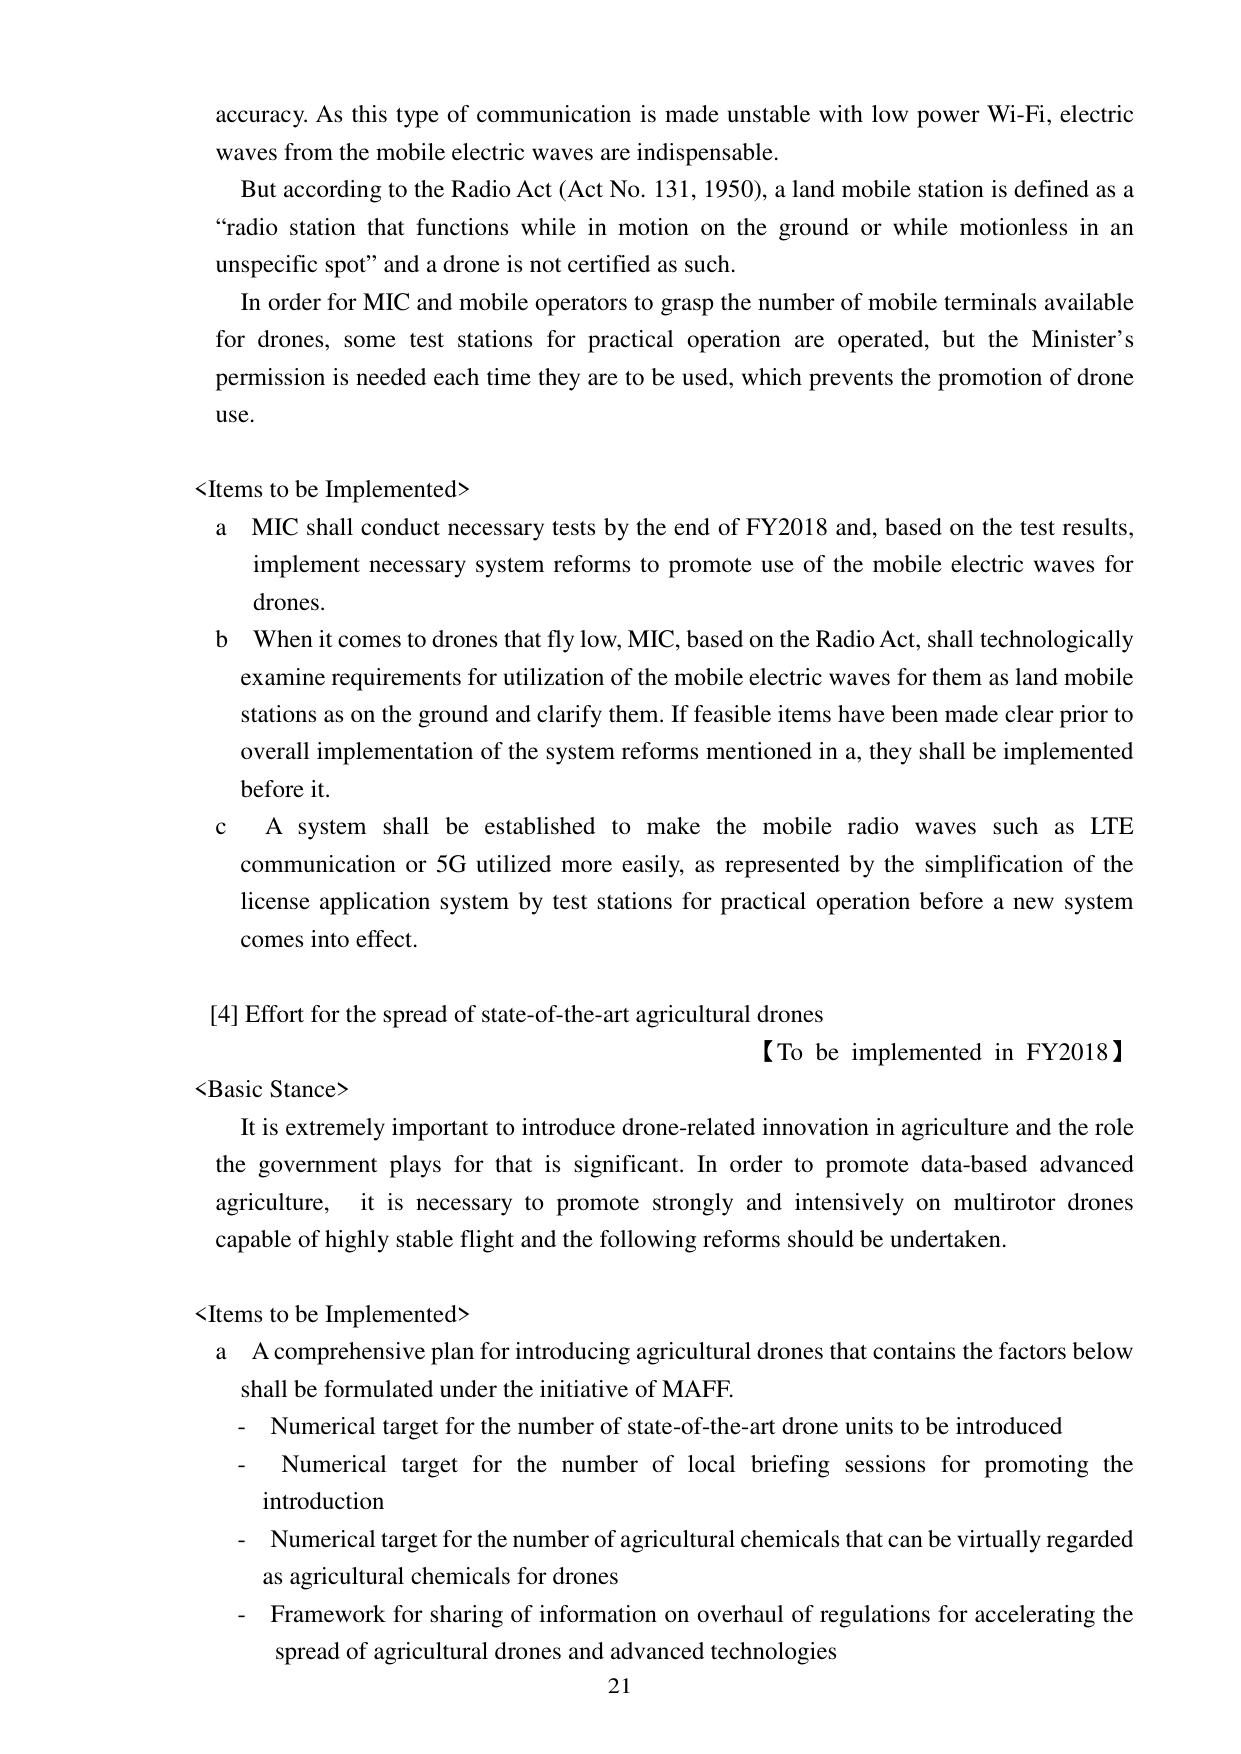
accuracy. As this type of communication is made unstable with low power Wi-Fi, electric waves from the mobile electric waves are indispensable.

But according to the Radio Act (Act No. 131, 1950), a land mobile station is defined as a “radio station that functions while in motion on the ground or while motionless in an unspecific spot” and a drone is not certified as such.

In order for MIC and mobile operators to grasp the number of mobile terminals available for drones, some test stations for practical operation are operated, but the Minister’s permission is needed each time they are to be used, which prevents the promotion of drone use.

<Items to be Implemented>
a MIC shall conduct necessary tests by the end of FY2018 and, based on the test results, implement necessary system reforms to promote use of the mobile electric waves for drones.
b When it comes to drones that fly low, MIC, based on the Radio Act, shall technologically examine requirements for utilization of the mobile electric waves for them as land mobile stations as on the ground and clarify them. If feasible items have been made clear prior to overall implementation of the system reforms mentioned in a, they shall be implemented before it.
c A system shall be established to make the mobile radio waves such as LTE communication or 5G utilized more easily, as represented by the simplification of the license application system by test stations for practical operation before a new system comes into effect.

[4] Effort for the spread of state-of-the-art agricultural drones
【To be implemented in FY2018】
<Basic Stance>
It is extremely important to introduce drone-related innovation in agriculture and the role the government plays for that is significant. In order to promote data-based advanced agriculture, it is necessary to promote strongly and intensively on multirotor drones capable of highly stable flight and the following reforms should be undertaken.

<Items to be Implemented>
a A comprehensive plan for introducing agricultural drones that contains the factors below shall be formulated under the initiative of MAFF.
- Numerical target for the number of state-of-the-art drone units to be introduced
- Numerical target for the number of local briefing sessions for promoting the introduction
- Numerical target for the number of agricultural chemicals that can be virtually regarded as agricultural chemicals for drones
- Framework for sharing of information on overhaul of regulations for accelerating the spread of agricultural drones and advanced technologies

21